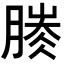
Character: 𣎐